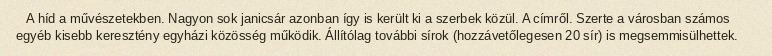
A híd a művészetekben. Nagyon sok janicsár azonban így is került ki a szerbek közül. A címről. Szerte a városban számos egyéb kisebb keresztény egyházi közösség működik. Állítólag további sírok (hozzávetőlegesen 20 sír) is megsemmisülhettek.